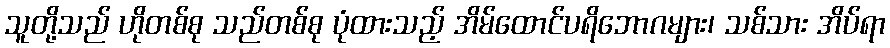
သူတို့သည် ဟိုတစ်စု သည်တစ်စု ပုံထားသည့် အိမ်ထောင်ပရိဘောဂများ၊ သစ်သား အိပ်ရာ